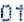
01